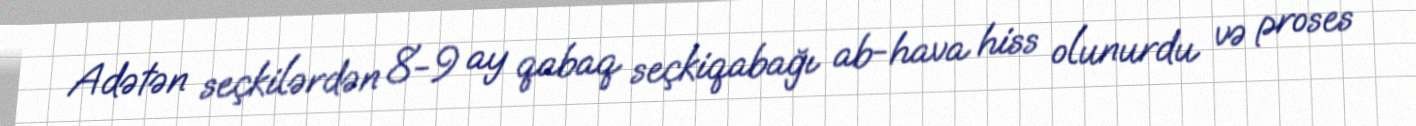
Adətən seçkilərdən 8-9 ay qabaq seçkiqabağı ab-hava hiss olunurdu və proses